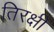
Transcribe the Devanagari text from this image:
तिरक्षी